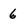
Character: 6